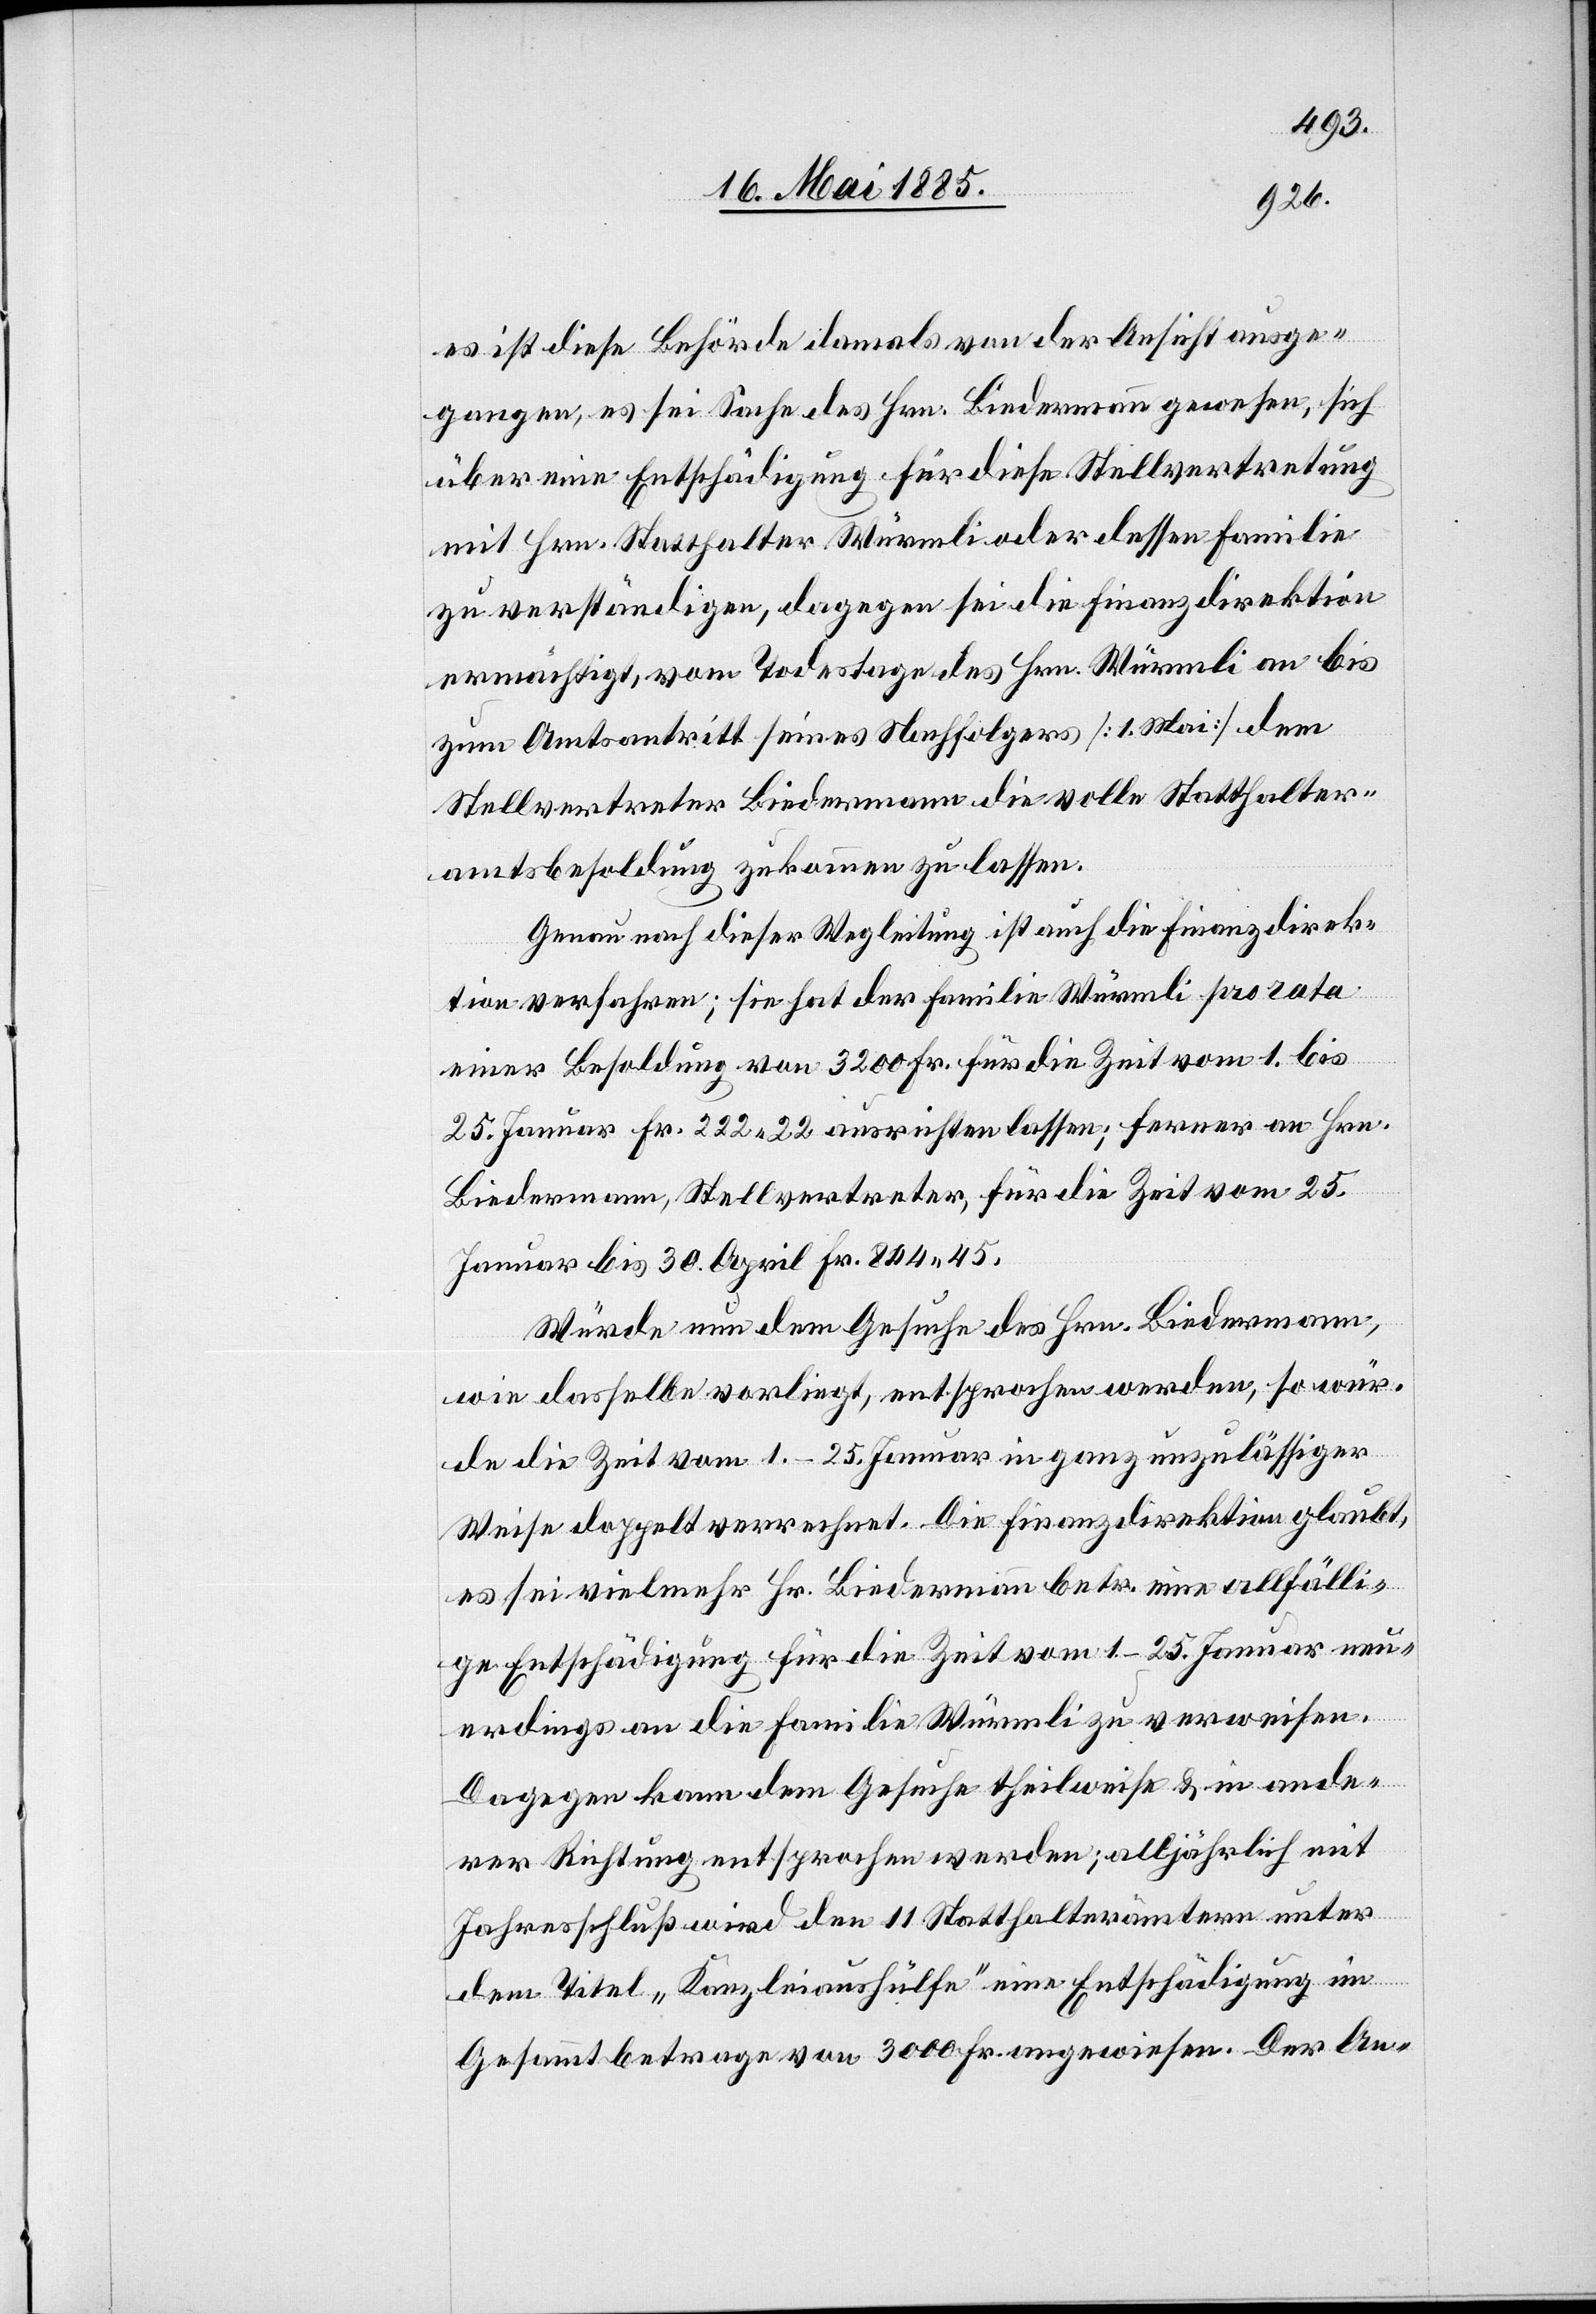
es ist diese Behörde damals von der Ansicht ausge¬
gangen, es sei Sache des Hrn. Biedermann gewesen, sich
über eine Entschädigung für diese Stellvertretung
mit Hrn. Statthalter Würmli oder dessen Familie
zu verständigen, dagegen sei die Finanzdirektion
ermächtigt, vom Todestage des Hrn. Würmli an bis
zum Amtsantritt seines Nachfolgers [1. Mai] dem
Stellvertreter Biedermann die volle Statthalter¬
amtsbesoldung zukommen zu lassen.
Genau nach dieser Wegleitung ist auch die Finanzdirek¬
tion verfahren; sie hat der Familie Würmli pro rata
einer Besoldung von 3200 Fr. für die Zeit vom 1. bis
25. Januar Fr. 222 22 ausrichten lassen; ferner an Hrn.
Biedermann, Stellvertreter, für die Zeit vom 25.
Januar bis 30. April Fr. 844 45.
Würde nun dem Gesuche des Hrn. Biedermann,
wie dasselbe vorliegt, entsprochen werden, so wür¬
de die Zeit vom 1.–25. Januar in ganz unzulässiger
Weise doppelt verrechnet. Die Finanzdirektion glaubt,
es sei vielmehr Hr. Biedermann betr. eine allfälli¬
ge Entschädigung für die Zeit vom 1.–25. Januar neu¬
erdings an die Familie Würmli zu verweisen.
Dagegen kann dem Gesuche theilweise & in ande¬
rer Richtung entsprochen werden; alljährlich mit
Jahresschluß wird den 11 Statthalterämtern unter
dem Titel „Kanzleiaushülfe“ eine Entschädigung im
Gesammtbetrage von 3000 Fr. ausgewiesen. Der An-